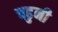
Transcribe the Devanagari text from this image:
चढुनी